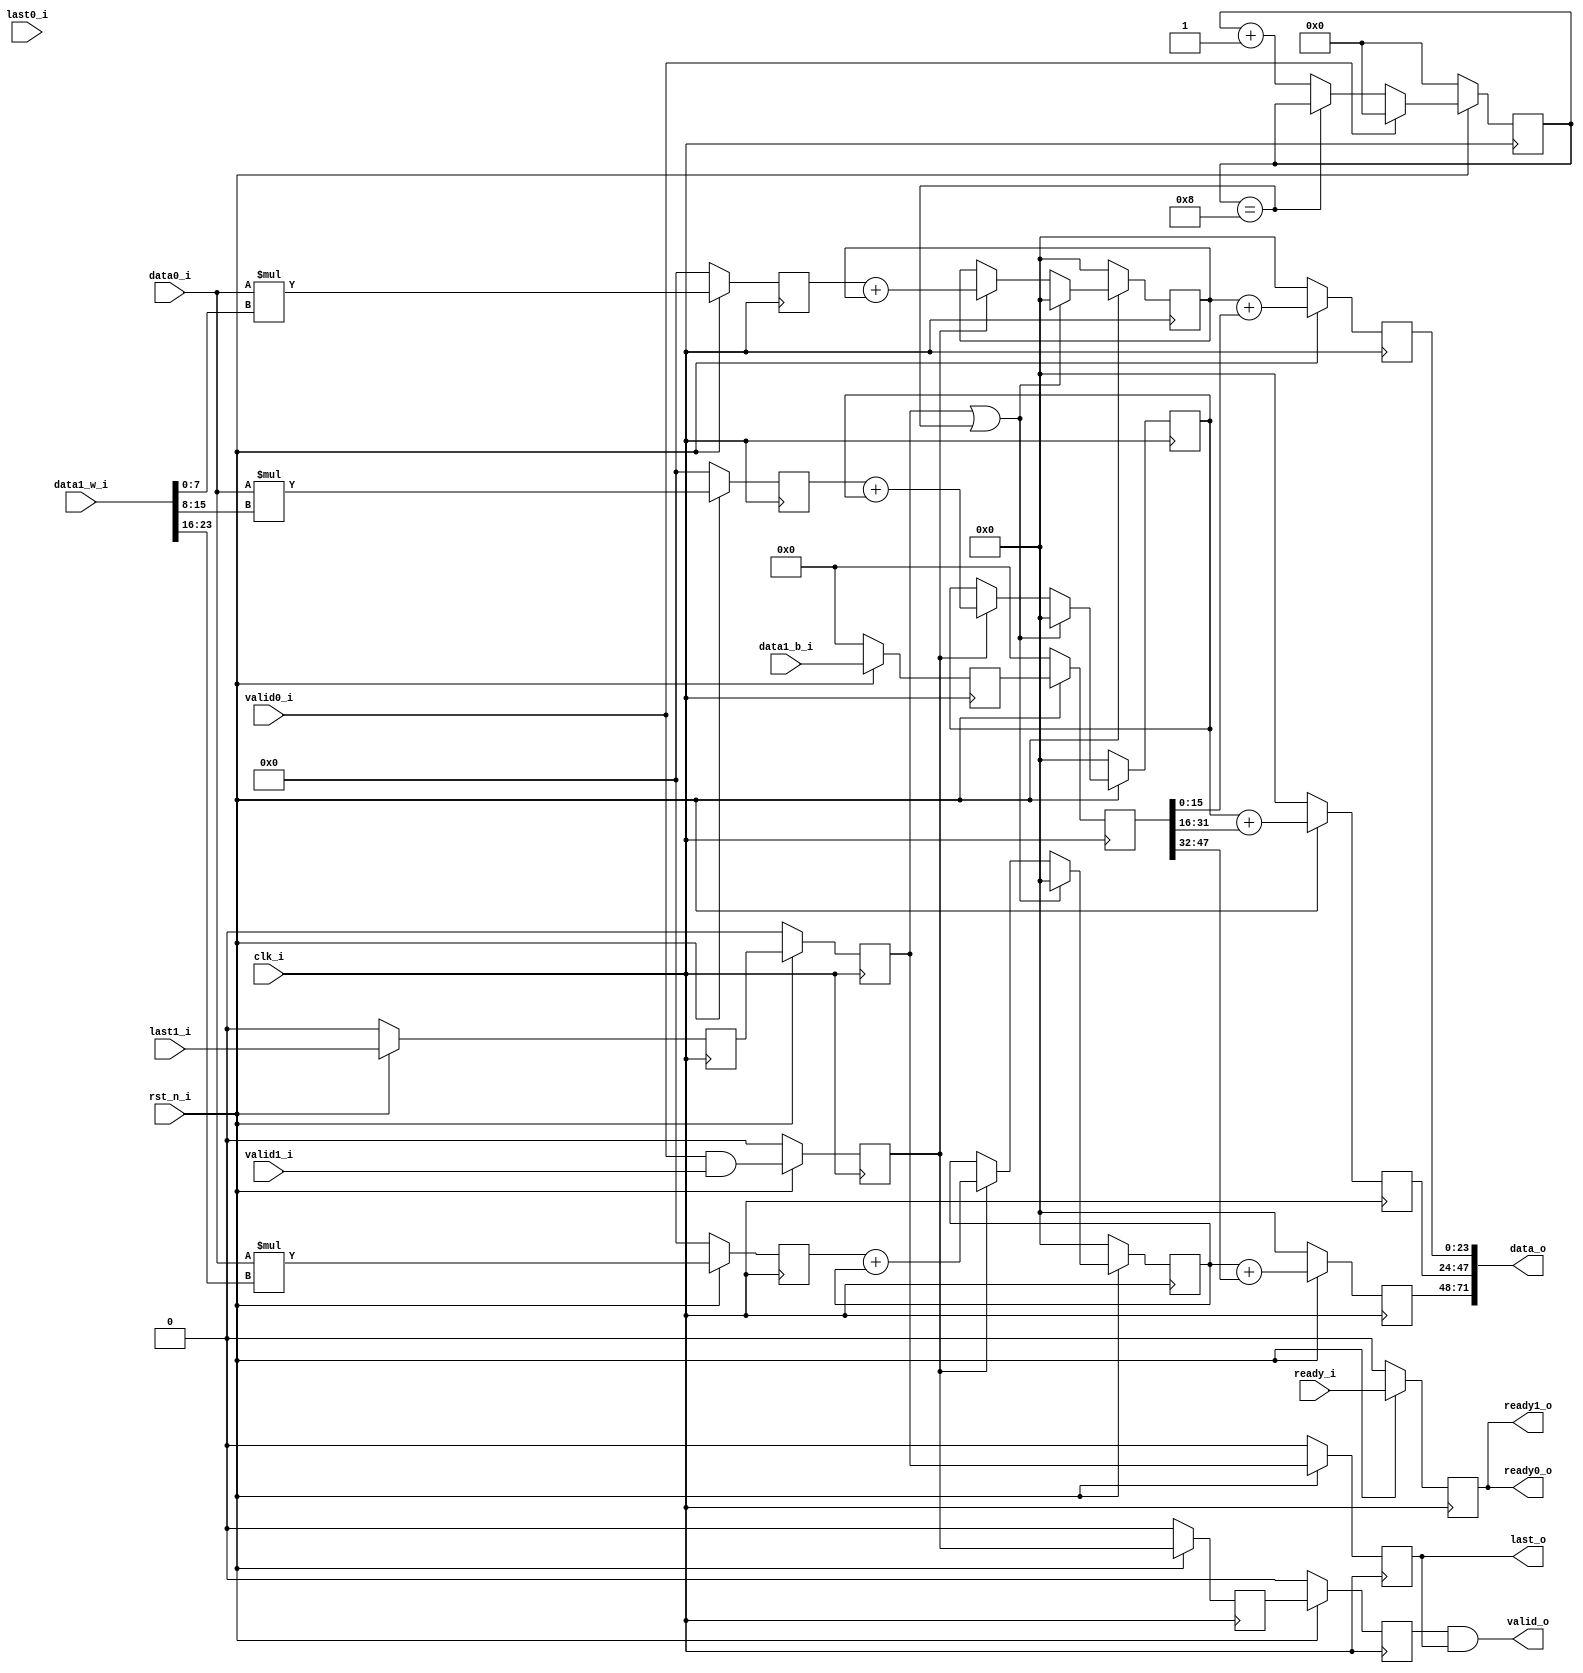
// ============================================================================
// Module:       Multiply Accumulate
// Design:       Eldrick Millares
// Verification: Matthew Pauly
// Notes:
// Assumes that biases have 2x bitwidth of weights, and outputs are 3x bitwidth
// Also assumes that packet lengths are > 3 (which is the propogation length of
// the bias out to the output, since it is pipelined).
// ============================================================================

module mac #(
    parameter I_BW        = 8,          // input bitwidth
    parameter O_BW        = I_BW * 3,   // output bitwidth
    parameter BIAS_BW     = I_BW * 2,   // bias bitwidth
    parameter NUM_CLASSES = 3           // number of output classes
) (
    // clock and reset
    input                                           clk_i,
    input                                           rst_n_i,

    // streaming input
    input  signed [I_BW - 1: 0]                     data0_i,
    input                                           valid0_i,
    input                                           last0_i,
    output                                          ready0_o,

    // streaming input
    input  signed [(NUM_CLASSES * I_BW) - 1 : 0]    data1_w_i,
    input  signed [(NUM_CLASSES * BIAS_BW) - 1 : 0] data1_b_i,
    input                                           valid1_i,
    input                                           last1_i,
    output                                          ready1_o,

    // streaming output
    output signed [(NUM_CLASSES * O_BW) - 1 : 0]    data_o,
    output                                          valid_o,
    output                                          last_o,
    input                                           ready_i
);


    genvar i;

    // =========================================================================
    // Local Parameters
    // =========================================================================
    localparam VALID_TIMEOUT_CYCLES         = 8;  // num cycles to reset after
    localparam VALID_TIMEOUT_BW             = $clog2(VALID_TIMEOUT_CYCLES + 1);

    // =========================================================================
    // Output Register Declaratons
    // =========================================================================
    reg valid_q, valid_q2, valid_q3;
    reg last_q, last_q2, last_q3;
    reg ready_q;

    // =========================================================================
    // Delay Lines
    // =========================================================================
    // add 2 cycle bias delay line to account for multiplier and accumulator
    reg signed [(NUM_CLASSES * BIAS_BW) - 1 : 0] data1_b_q, data1_b_q2;
    always @(posedge clk_i) begin
        if (!rst_n_i) begin
            data1_b_q  <= 0;
            data1_b_q2 <= 0;
        end else begin
            data1_b_q  <= data1_b_i;
            data1_b_q2 <= data1_b_q;
        end
    end

    // =========================================================================
    // Input Unpacking
    // =========================================================================
    // unpacked arrays
    wire signed [I_BW - 1 : 0]    weight_arr [NUM_CLASSES - 1 : 0];
    wire signed [BIAS_BW - 1 : 0] bias_arr   [NUM_CLASSES - 1 : 0];

    // unpack data input
    for (i = 0; i < NUM_CLASSES; i = i + 1) begin: unpack_inputs
        assign weight_arr[i] = data1_w_i[(i + 1) * I_BW - 1 : i * I_BW];
        assign bias_arr[i]   = data1_b_q2[(i + 1) * BIAS_BW - 1 : i * BIAS_BW];
    end

    // =========================================================================
    // Vector Multiplication
    // =========================================================================
    // registered multiplication of input and bias
    reg signed [(I_BW * 2) - 1: 0] mult_arr [NUM_CLASSES - 1 : 0];
    for (i = 0; i < NUM_CLASSES; i = i + 1) begin: fc_multiply
        always @(posedge clk_i) begin
            if (!rst_n_i) begin
                mult_arr[i] <= 'd0;
            end else begin
                mult_arr[i] <= data0_i * weight_arr[i];
            end
        end
    end

    // =========================================================================
    // Accumulation Buffer
    // =========================================================================
    // clear the accumulation buffer when valid has a rising edge
    // wire valid_i_pos_edge;
    // assign valid_i_pos_edge = valid0_i & (!valid_q);

    // clear the accumulation buffer if no valid data has been passed in for
    // VALID_TIMEOUT_CYCLES cycles
    wire valid_timeout;
    reg [VALID_TIMEOUT_BW - 1: 0] valid_timeout_counter;
    always @(posedge clk_i) begin
        if (!rst_n_i) begin
            valid_timeout_counter <= 'd0;
        end else begin
            if (valid0_i) begin  // reset counter on valid data
                valid_timeout_counter <= 'd0;
            end else if (valid_timeout_counter == VALID_TIMEOUT_CYCLES) begin
                valid_timeout_counter <= valid_timeout_counter;
            end else begin
                valid_timeout_counter <= valid_timeout_counter + 'd1;
            end
        end
    end
    assign valid_timeout = (valid_timeout_counter == VALID_TIMEOUT_CYCLES);

    reg signed [O_BW - 1: 0] acc_arr [NUM_CLASSES - 1 : 0];
    for (i = 0; i < NUM_CLASSES; i = i + 1) begin: fc_accumulate
        always @(posedge clk_i) begin
            if (!rst_n_i) begin
                acc_arr[i] <= 'd0;
            end else begin
                if (last_q2 | valid_timeout) begin
                    acc_arr[i] <= 'd0;
                end else if (valid_q) begin
                    acc_arr[i] <= mult_arr[i] + acc_arr[i];
                end else begin
                    acc_arr[i] <= acc_arr[i];
                end
            end
        end
    end

    // =========================================================================
    // Bias Addition
    // =========================================================================
    reg signed [O_BW - 1: 0] add_arr [NUM_CLASSES - 1 : 0];
    for (i = 0; i < NUM_CLASSES; i = i + 1) begin: fc_bias
        always @(posedge clk_i) begin
            if (!rst_n_i) begin
                add_arr[i] <= 'd0;
            end else begin
                add_arr[i] <= acc_arr[i] + bias_arr[i];
            end
        end
    end

    // =========================================================================
    // Output Assignment
    // =========================================================================
    for (i = 0; i < NUM_CLASSES; i = i + 1) begin: pack_output
        assign data_o[(i + 1) * O_BW - 1 : i * O_BW] = add_arr[i];
    end

    // register all outputs
    always @(posedge clk_i) begin
        if (!rst_n_i) begin
            valid_q  <= 'b0;
            valid_q2 <= 'b0;
            valid_q3 <= 'b0;
            last_q   <= 'b0;
            last_q2  <= 'b0;
            last_q3  <= 'b0;
            ready_q  <= 'b0;
        end else begin
            valid_q  <= valid0_i && valid1_i;
            valid_q2 <= valid_q;
            valid_q3 <= valid_q2;
            // last_q   <= last0_i | last1_i;
            last_q   <= last1_i;
            last_q2  <= last_q;
            last_q3  <= last_q2;
            ready_q  <= ready_i;
        end
    end


    assign valid_o  = valid_q3 && last_q3;
    assign last_o   = last_q3;
    assign ready0_o = ready_q;
    assign ready1_o = ready_q;

    // =========================================================================
    // Simulation Only Waveform Dump (.vcd export)
    // =========================================================================
    `ifdef COCOTB_SIM
    `ifndef SCANNED
    `define SCANNED
    initial begin
        $dumpfile ("wave.vcd");
        $dumpvars (0, mac);
        // reg [7:0] idx; // need integer for loop
        $dumpvars(0, mult_arr[0]);
        $dumpvars(0, acc_arr[0]);
        $dumpvars(0, add_arr[0]);
        $dumpvars(0, mult_arr[1]);
        $dumpvars(0, acc_arr[1]);
        $dumpvars(0, add_arr[1]);
        #1;
    end
    `endif
    `endif

endmodule